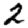
Digit: 2